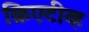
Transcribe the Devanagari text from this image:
क्रिएटीव्ह